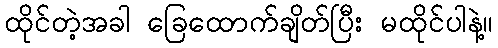
ထိုင်တဲ့အခါ ခြေထောက်ချိတ်ပြီး မထိုင်ပါနဲ့။